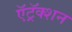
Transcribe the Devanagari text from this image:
ऍट्रॅक्शन